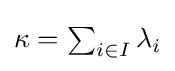
\kappa =\textstyle \sum _{i\in I}\lambda _{i}